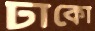
ঢাকো